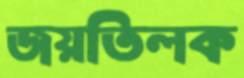
জয়তিলক